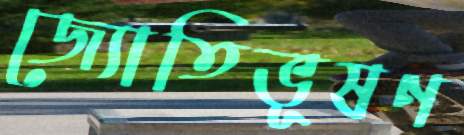
জ্যোতিভূষণ